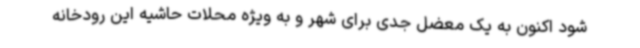
شود اکنون به یک معضل جدی برای شهر و به ویژه محلات حاشیه این رودخانه